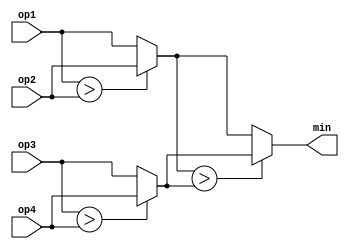
module min #(parameter DATADEPTH  = 13
            )
            ( op1,
              op2,
              op3,
              op4,
              min);
    input  [DATADEPTH - 1       :0]              op1;
    input  [DATADEPTH - 1       :0]              op2;
    input  [DATADEPTH - 1       :0]              op3;
    input  [DATADEPTH - 1       :0]              op4;

    output [DATADEPTH - 1       :0]              min;
     
    wire   [DATADEPTH - 1       :0]              comp_result1_w;
    wire   [DATADEPTH - 1       :0]              comp_result2_w;
    
    assign comp_result1_w = op1 > op2?op2:op1;
    assign comp_result2_w = op3 > op4?op4:op3;
    assign min = comp_result1_w > comp_result2_w ? comp_result2_w : comp_result1_w;
endmodule